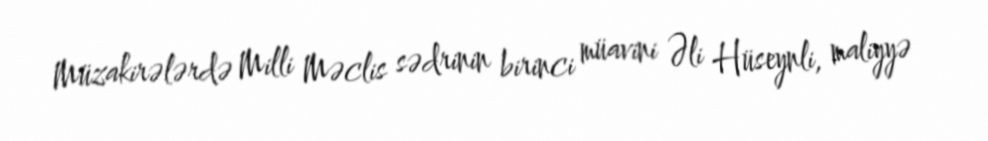
Müzakirələrdə Milli Məclis sədrinin birinci müavini Əli Hüseynli, maliyyə